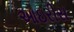
આઇરીસ